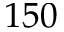
1 5 0